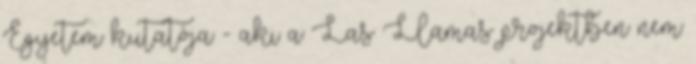
Egyetem kutatója - aki a Las Llamas projektben nem